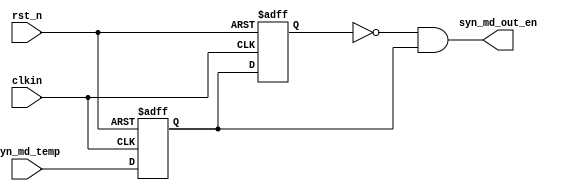
///////////////////////////////////////////////////////////////////////////////////////////////////
// Company: <Name>
//
// File history:
//      <Revision number>: <Date>: <Comments>
//      <Revision number>: <Date>: <Comments>
//      <Revision number>: <Date>: <Comments>
//
// Description: 
//
// <Description here>
//
// Targeted device: <Family::ProASIC3> <Die::A3P1000> <Package::208 PQFP>
//
/////////////////////////////////////////////////////////////////////////////////////////////////// 

//`timescale <time_units> / <precision>

module syn_md_edge_detect( syn_md_temp, rst_n, clkin, syn_md_out_en );

input clkin;
input syn_md_temp;
input rst_n;
output syn_md_out_en;

reg sig_r0, sig_r1;

always @ (posedge clkin or negedge rst_n)
	if (!rst_n)
	begin
		sig_r0 <= 1'b0;
		sig_r1 <= 1'b0;
	end
	else
	begin
		sig_r0 <= syn_md_temp;
		sig_r1 <= sig_r0;
	end

assign syn_md_out_en = (~sig_r1) & (sig_r0);				// 

//<statements>

endmodule